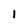
Character: 1